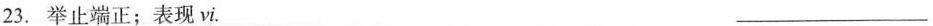
23.举止端正；表现vi. ___